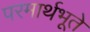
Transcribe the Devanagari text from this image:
परमार्थभूते